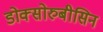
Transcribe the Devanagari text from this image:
डोक्सोरुबीसिन